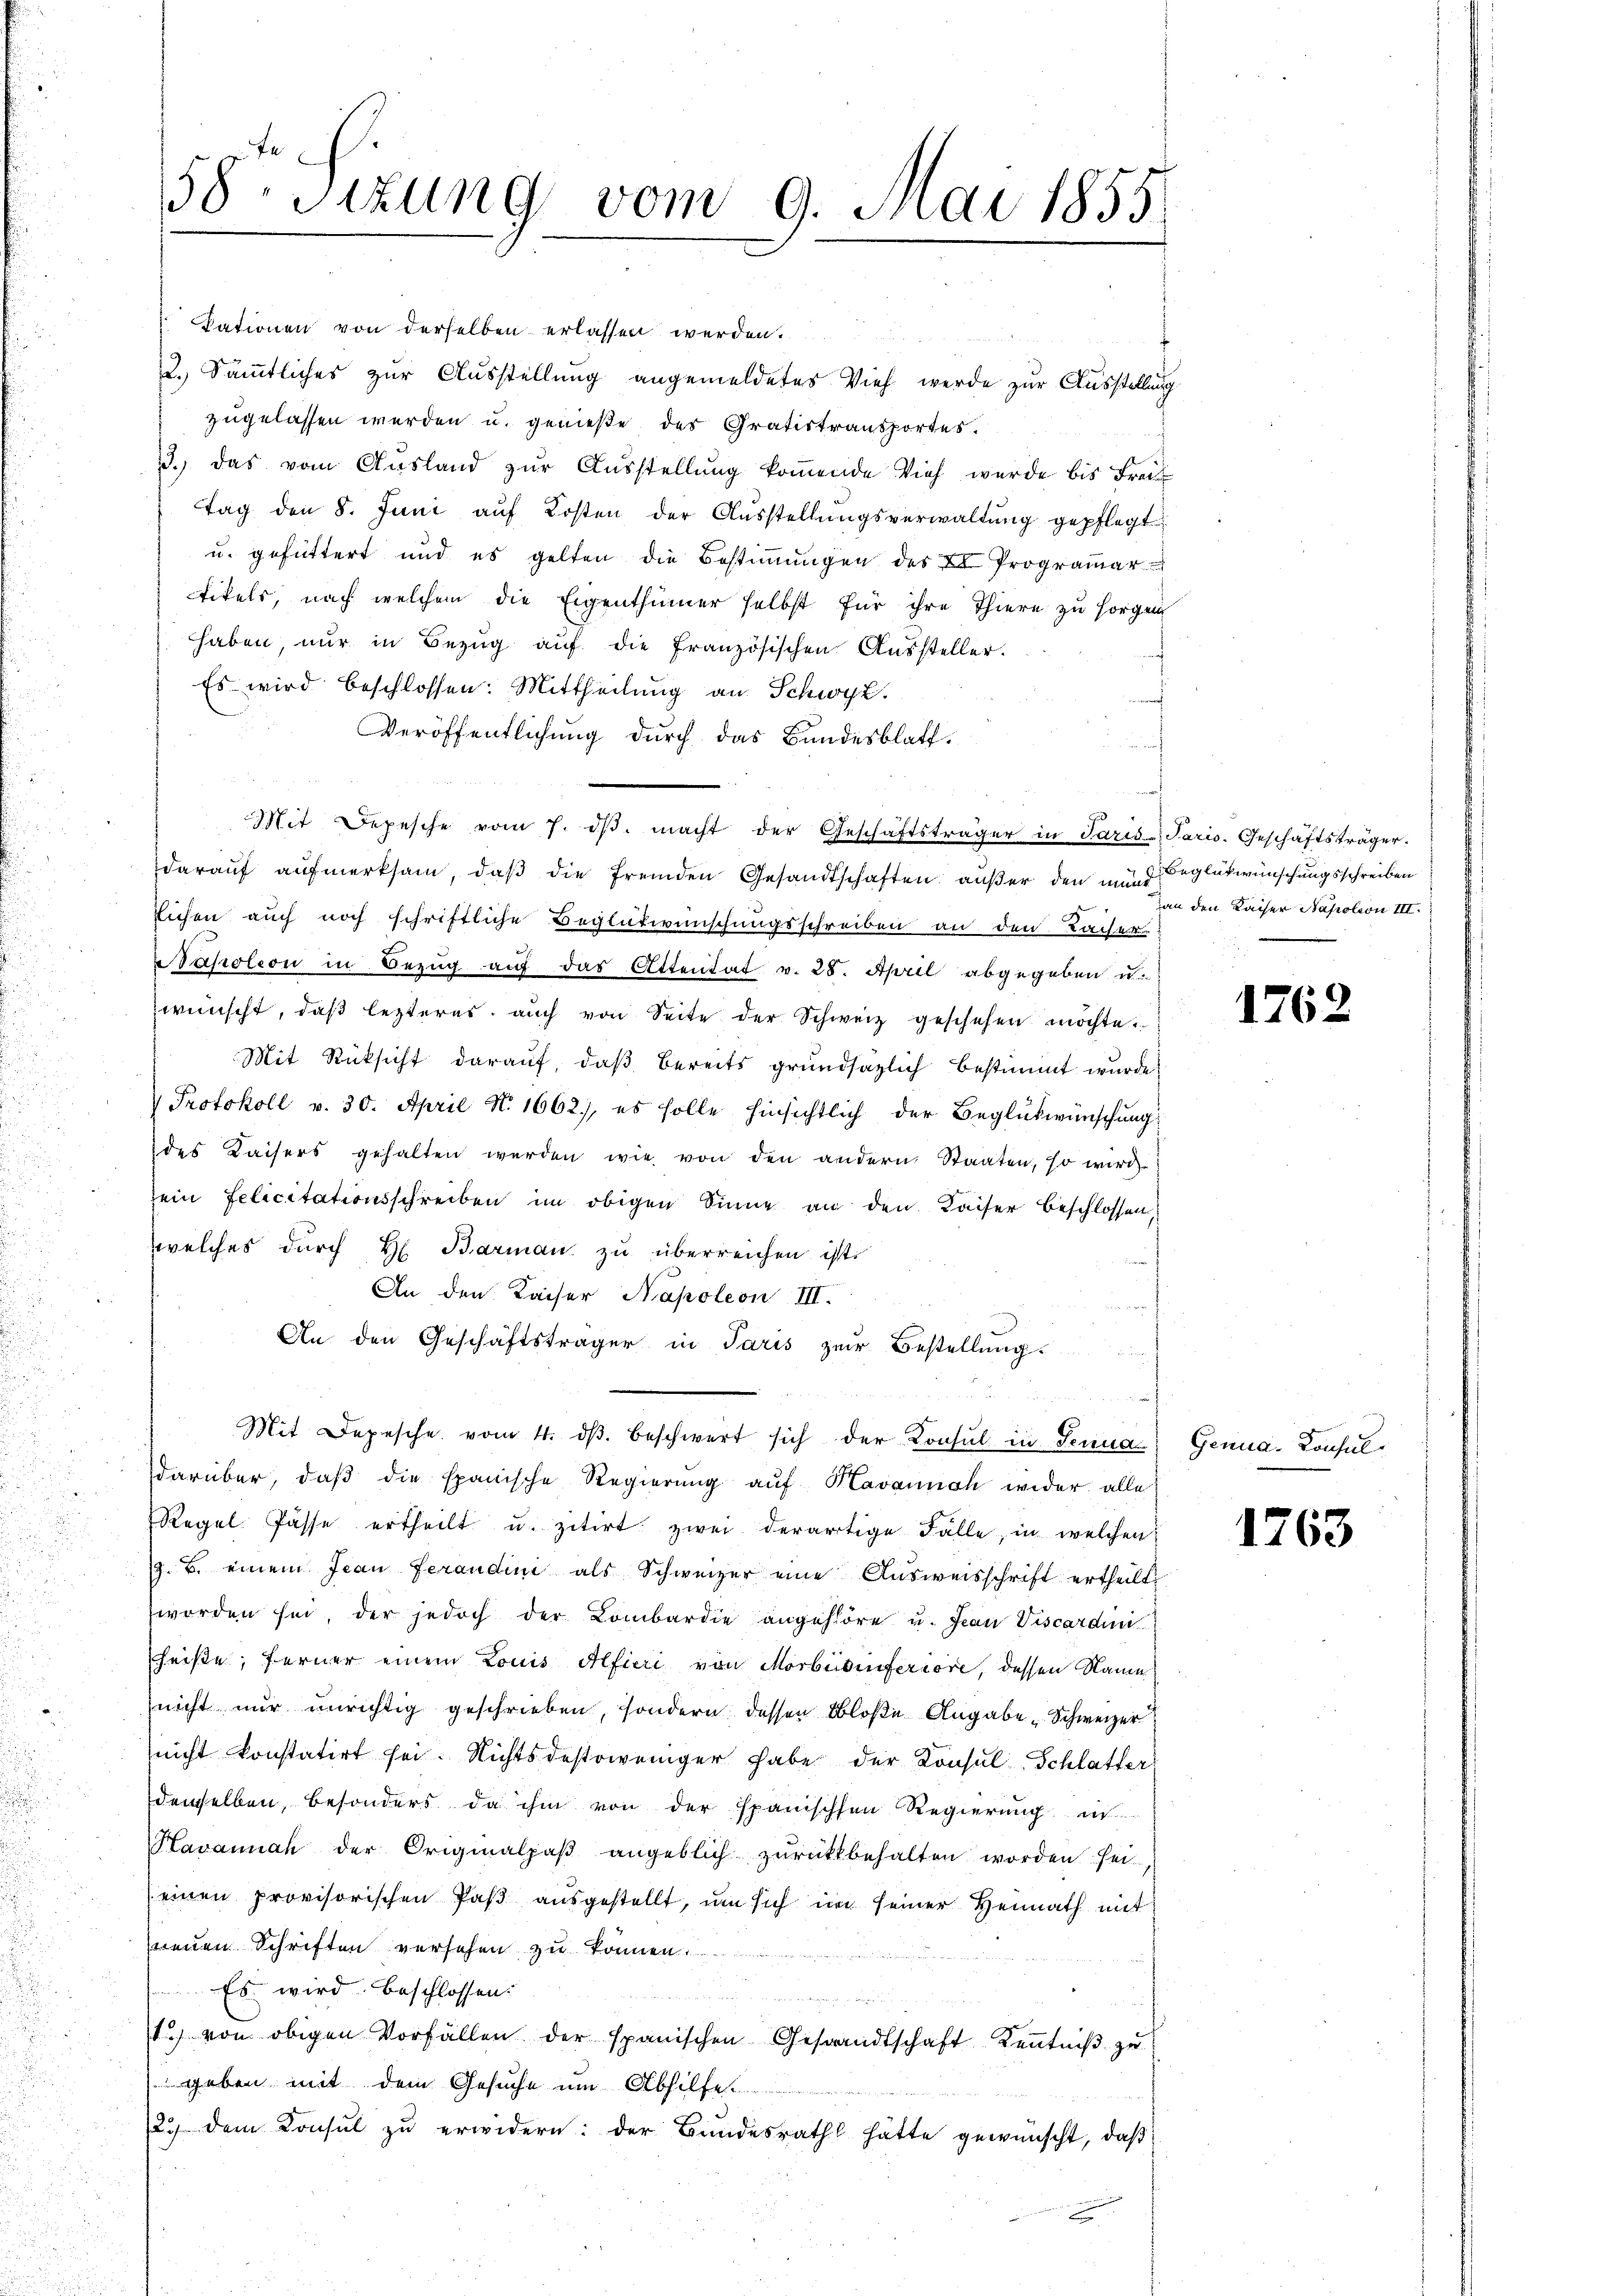
58 Sizung vom 9. Juni 1855

Tationen von derselben erlassen werden.
2.) Sämmtliches zur Ausstellung angemeldetes Vieh werde zur Ausstellung
zugelassen werden u. genieße des Gratistransportes.
3.) Das vom Ausland zur Ausstellung koṁende Vieh wurde bis Freit
tag den 8. Juni aŭf Kosten der Aŭsstellŭngsverwaltŭng gepflegt
u. gefüttert und es gelten die Bestiṁŭngen des II Prograṁar
tikels, nach welchem die Eigenthümer selbst für ihre Thiere zu sorgen
haben, nur in Bezug auf die französischen Aussteller.
Es wird beschlossen: Mittheilung an Schwyz.
Veröffentlichung durch das Bundesblatt.
Mit Depesche vom 7. dβ. macht der Geschäftsträger in Paris - Paris. Geschäftsträger.
daraŭf aŭfmerksam, daβ die fremden Gesandtschaften außer den mund Beglückwünschungsschreiben
Eichen auch noch schriftliche Beglükwünschungsschreiben an den Kaiser
Napoleon in Bezug auf das Ottentat v. 25. April abgegeben u.
wünscht, daß lezteres, auch von Seite der Schweiz geschehen möchte.
Mit Rücksicht darauf, daß bereits grundsätzlich bestimmt wurde
 Protokoll v. 30. April N. 1662), es solle hinsichtlich der Beglükwünschung
des Kaisers gehalten werden wie von den andern Staaten, so wird
sein Felicitationsschreiben im obigen Sinne an den Kaiser Beschlossen
zwelches durch H. Barman zu überreichen ist.
An den Kaiser Napoleon III.
An den Geschäftsträger in Paris zur Bestellung.
s
Mit Depesche vom 4. dβ. beschwert sich der Konsul in Senna) Genua, Consuldarüber, daß die spanische Regierung auf Havannah wider alle
Regel Pässe ertheilt u. zitirt zwei derartige Fälle, in welchen
z. B. einem Frau ferandini als Schweizer eine Ausweisschrift ertheilt,
worden sei, der jedoch der Lombardie angehöre u. Jean Viscardini
heiße, ferner einem Louis Alfieri von Morbedinferiore, dessen Name
nicht nur unrichtig geschrieben, sondern dessen bloße Angabe Schweizer
nicht konstatirt sei. Nichtsdestoweniger habe der Konsul Schlatter
denselben, besonders da ihm von der spanischen Regierung in
Havannah der Originalpaβ angeblich zŭrückbehalten worden sei,
(einen provisorischen Paß ausgestellt, um sich in seiner Heimath mit
neuen Schriften versehen zu können.
Es wird beschlossen.
u
1 von obigen Vorfällen der spanischen Gesandtschaft Kenntniß zu
geben mit dem Gesuche um Abhilfe
2.) dem Konsul zŭ erwidern: der Bundesrath hätte gewünscht, daβ

an den Kaiser Napoleon III.

1762

1763